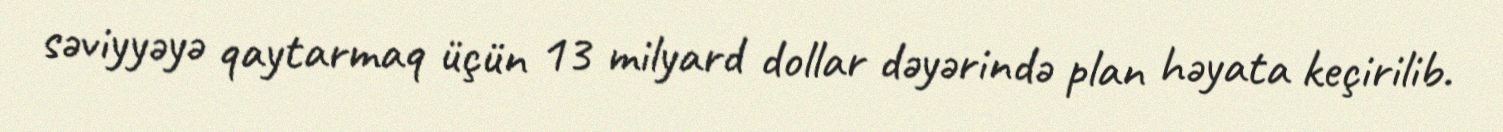
səviyyəyə qaytarmaq üçün 13 milyard dollar dəyərində plan həyata keçirilib.